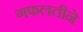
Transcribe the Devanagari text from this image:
गफलतीने